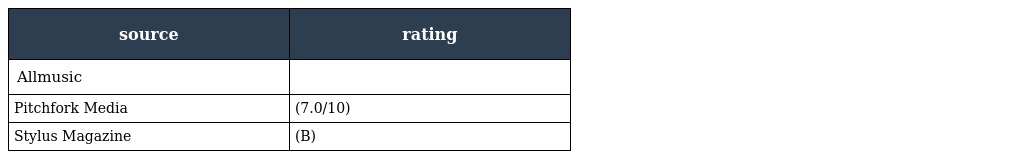
| source | rating |
 | --- | --- |
 | Allmusic |  |
 | Pitchfork Media | (7.0/10) |
 | Stylus Magazine | (B) |